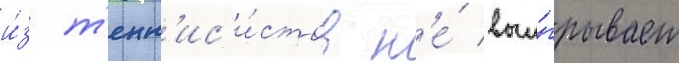
и́з т'енн'ис'и́стов н'е́ выи́грывает